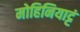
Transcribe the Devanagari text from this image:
मोहिनियाट्टं